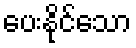
ပေးနိုင်သော